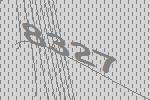
8327